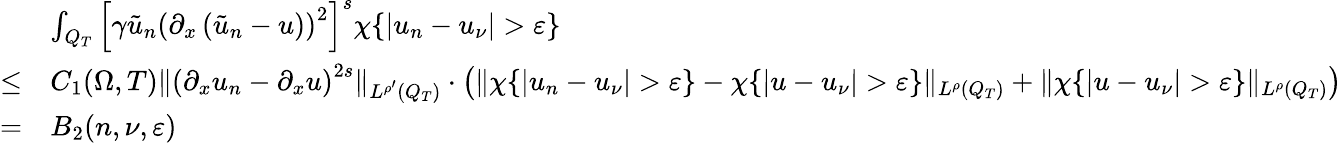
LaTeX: \begin{array}{rl}&{\int_{Q_{T}}\left[\gamma\tilde{u}_{n}\left(\partial_{x}\left(\tilde{u}_{n}-u\right)\right)^{2}\right]^{s}\chi\{ |u_{n}-u_{\nu}|>\varepsilon\} }\\ {\leq}&{C_{1}(\Omega,T)\lVert\left(\partial_{x}u_{n}-\partial_{x}u\right)^{2s}\rVert_{L^{\rho^{\prime}}(Q_{T})}\cdot\left(\lVert\chi\{ |u_{n}-u_{\nu}|>\varepsilon\} -\chi\{ |u-u_{\nu}|>\varepsilon\} \rVert_{L^{\rho}(Q_{T})}+\lVert\chi\{ |u-u_{\nu}|>\varepsilon\} \rVert_{L^{\rho}(Q_{T})}\right)}\\ {=}&{B_{2}(n,\nu,\varepsilon)}\end{array}